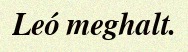
Leó meghalt.